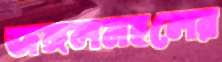
জঙ্গলমহলের